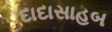
દાદાસાહબ